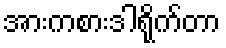
အားကစားဒါရိုက်တာ